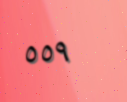
٥٥٩